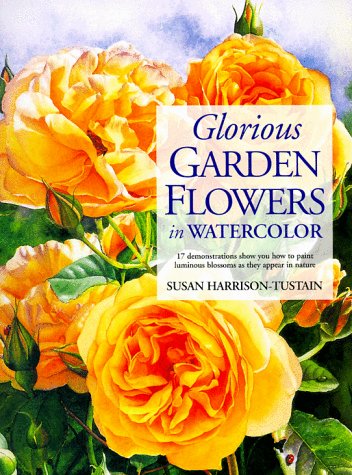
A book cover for Glorious Garden Flowers in Watercolor; Susan Harrison-Tustain; Arts & Photography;